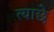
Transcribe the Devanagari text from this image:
त्याछे